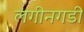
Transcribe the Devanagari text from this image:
लगीनगडी